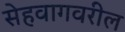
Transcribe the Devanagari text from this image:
सेहवागवरील